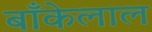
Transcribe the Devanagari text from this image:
बाँकेलाल